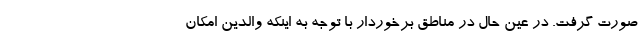
صورت گرفت. در عین حال در مناطق برخوردار با توجه به اینکه والدین امکان